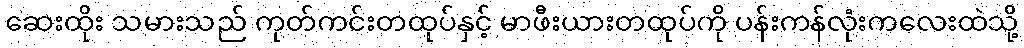
ဆေးထိုး သမားသည် ကုတ်ကင်းတထုပ်နှင့် မာဖီးယားတထုပ်ကို ပန်းကန်လုံးကလေးထဲသို့